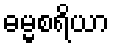
ဓမ္မစရိယာ